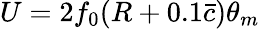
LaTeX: U=2f_{0}(R+0.1\bar{c})\theta_{m}